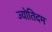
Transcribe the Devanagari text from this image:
ज्योतिदम